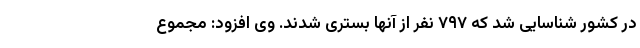
در کشور شناسایی شد که ۷۹۷ نفر از آنها بستری شدند. وی افزود: مجموع